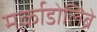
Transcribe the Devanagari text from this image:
मर्काडोलिब्रे